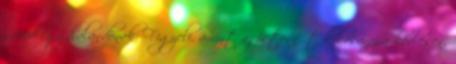
szíved egy halandónak. Figyeli, amint az istennőt kikosarazza kedvesen,